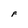
Character: F